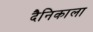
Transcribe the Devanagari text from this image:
दैनिकाला